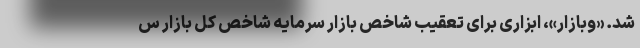
شد. «وبازار»، ابزاری برای تعقیب شاخص بازار سرمایه شاخص کل بازار س